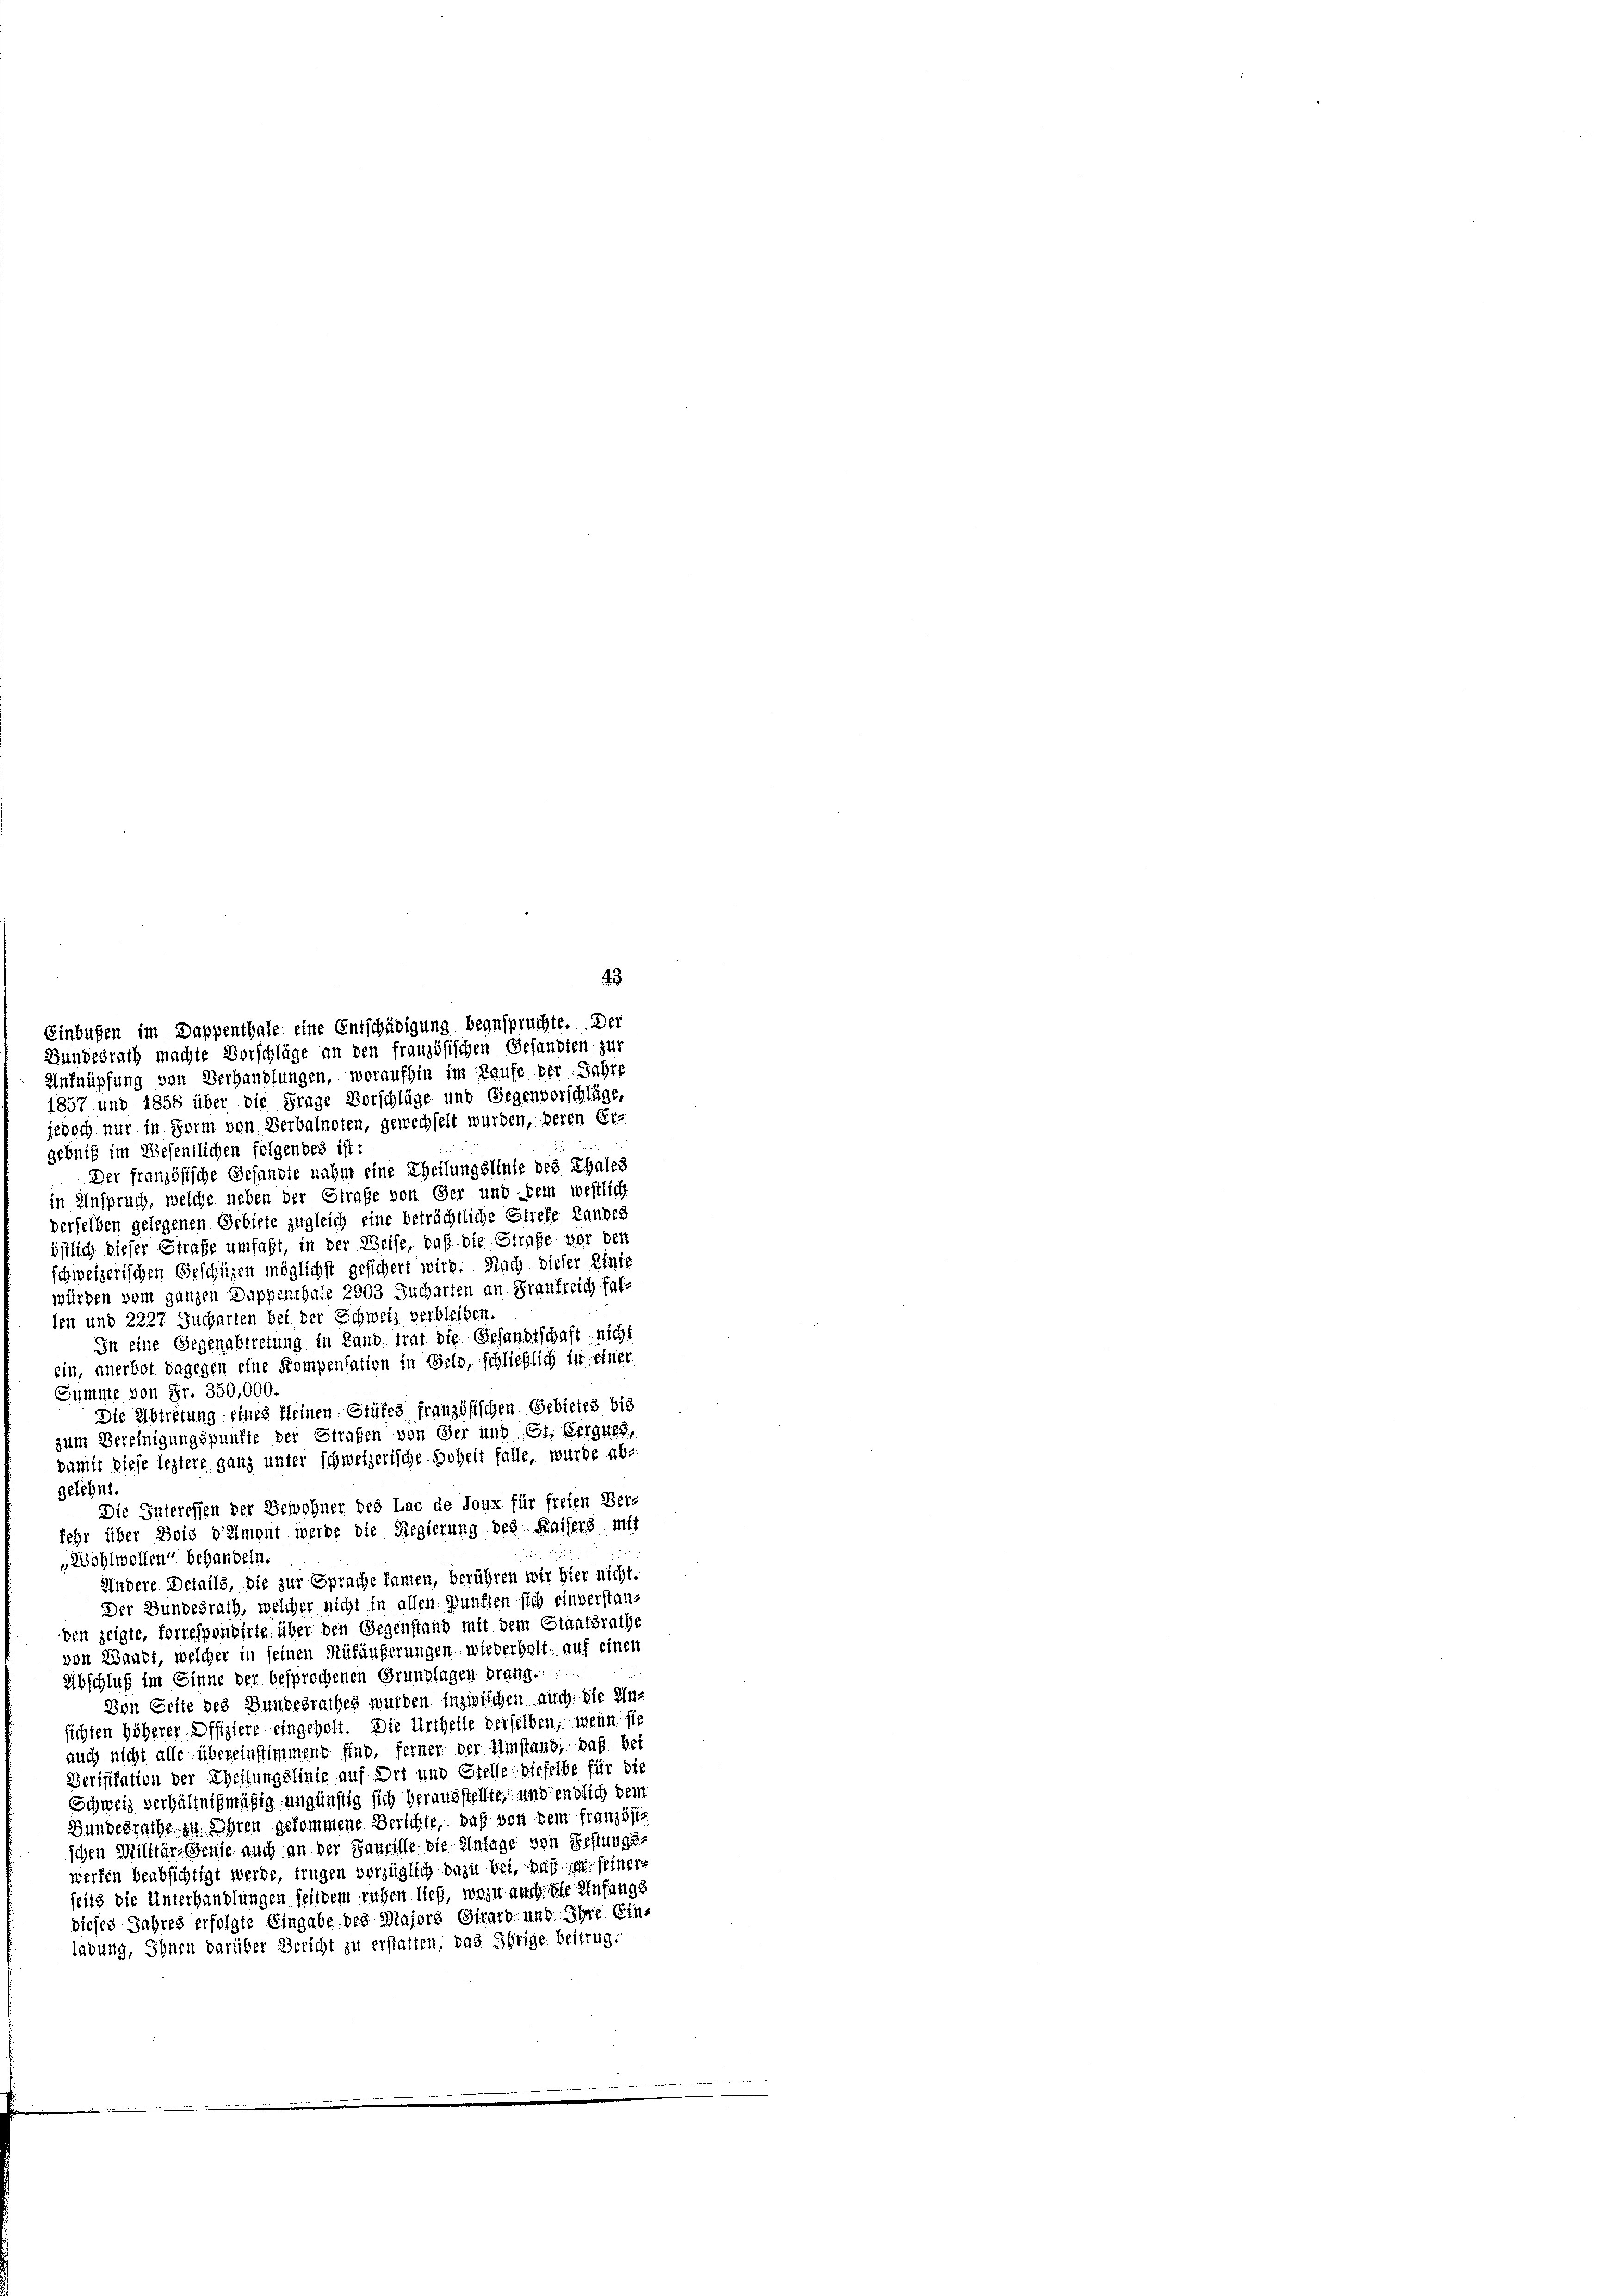
Anfnüpfung von Verhandlungen, woraufhin im Laufe der Jahre

1857 und 1858 über die Frage Vorschläge und Gegenvorschläge,
jedoch nur in Form von Verbalnoten, gewechselt wurden; deren Er-
gebniß im Wesentlichen folgendes ist:
Der französische Gesandte nahm eine Theilungslinie des Thales
in Anspruch, welche neben der Strafe von Ger und dem westlich
derselben gelegenen Gebiete zugleich eine beträchtliche Strefe Landes
östlich dieser Strafe umfaßt, in der Weise, daß die Strafe vor den
schweizerischen Geschüzen möglichst gesichert wird. Nach dieser Einte
würden vom ganzen Duppenthale 2903 Jucharten an Frankreich falten und 2227 Jucharten bei der Schweiz verbleiben,
In eine Gegenabtretung in Land trat die Gesandtschaft nicht
ein, anerbot dagegen eine Kompensation in Geld, schließlich in einer
Summe von Fr. 350,000.
Die Abtretung eines Kleinen Stufes französischen Gebietes bis
zum Vereinigungspunkte der Strafen von Ger und Gl. Gerques,
pamit diese leztere ganz unter schweizerische Hoheit falle, wurde ab-
gelehnt.
Die Interessen der Bewohner des Lac de Joux für freien Ber-
fehr über Bote vielment werde die Regierung des Kaisers mit
„Wohlwollen“ behandeln.
Andere Details, die zur Sprache kamen, berühren wir hier nicht.
Der Bundesrath, welcher nicht in allen Zunften sich einverstanden zeigte, forrespondirte über den Gegenstand mit dem Staatsrathe
von Waadt, welcher in seinen Rükäußerungen wiederholt, auf einen
Abschluß im Einne der besprochenen Grundlagen drang.
Von Seite des Bundesrathes wurden inzwischen auch die Insichten höherer Offiziere eingeholt. Die Urtheile derselben, wenn sie
auch nicht alle übereinstimmend sind, ferner der Umstand, daß bes
Verifikation der Theilungslinie auf Ort und Stelle dieselbe für die
Schweiz verhältnißmäßig ungünstig sich herausstellte, und endlich dem
Bundesrathe zu Ihren gekommene Berichte, daß von dem französte
schen Militär-Genie auch an der Saueille die Anlage von Festungs-
werfen beabsichtigt werde, trugen vorzüglich dazu bei, daß er seiner
seits die Unterhandlungen seitdem ruhen lief, wozu auch die Einfangs
dieses Jahres erfolgte Eingabe des Majors Girard- und Ihre Ein-
ladung, Ihnen darüber Bericht zu erstatten, das Ihrige Beitrug.

Einbußen im Dappenthale eine Entschädigung beanspruchte. Der
Bundesrath machte Vorschläge an den französischen Gesandten zur

43